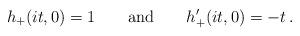
LaTeX: \begin{align*}h_+(it,0)=1 \qquad {\rm and} \qquad h_+^{\prime}(it,0)=-t\, .\end{align*}